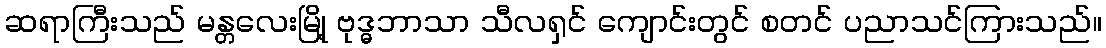
ဆရာကြီးသည် မန္တလေးမြို့ ဗုဒ္ဓဘာသာ သီလရှင် ကျောင်းတွင် စတင် ပညာသင်ကြားသည်။